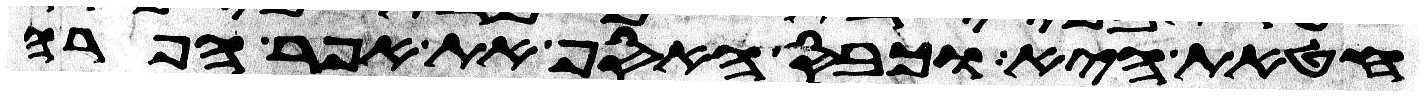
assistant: חטאת היא וכבס האסף את אפר הפרה